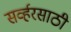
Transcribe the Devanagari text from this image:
सर्व्हरसाठी